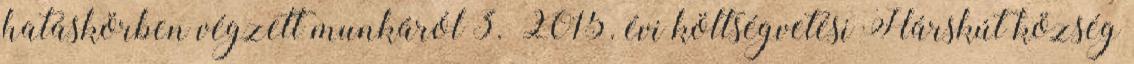
hatáskörben végzett munkáról 3. 2015. évi költségvetési Hárskút község